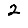
Digit: 2